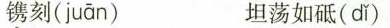
镌刻( juān ) 坦荡如砥( dǐ )